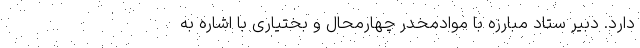
دارد. دبیر ستاد مبارزه با موادمخدر چهارمحال و بختیاری با اشاره به